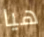
هيا